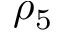
\rho _ { 5 }